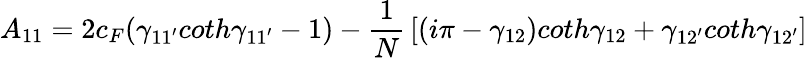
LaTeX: A_{11}=2c_{F}(\gamma_{11^{\prime}}coth\gamma_{11^{\prime}}-1)-{\frac{1}{N}}\left[(i\pi-\gamma_{12})coth\gamma_{12}+\gamma_{12^{\prime}}coth\gamma_{12^{\prime}}\right]